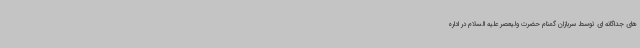
های جداگانه ای توسط سربازان گمنام حضرت ولیعصر علیه السلام در اداره